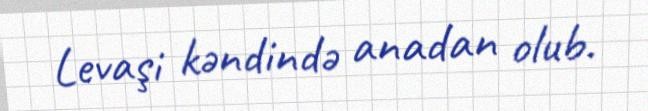
Levaşi kəndində anadan olub.